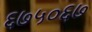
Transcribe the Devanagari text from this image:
६७५०६७